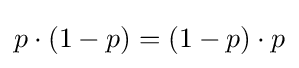
p\cdot (1-p)=(1-p)\cdot p